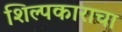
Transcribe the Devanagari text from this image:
शिल्पकाराचा